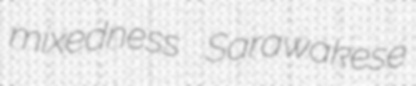
mixedness Sarawakese